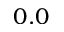
0 . 0